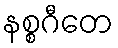
နစ္စဂီတေ